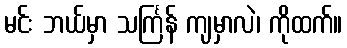
မင်း ဘယ်မှာ သင်္ကြန် ကျမှာလဲ၊ ကိုထက်။